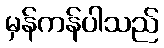
မှန်ကန်ပါသည်